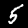
Label: 5